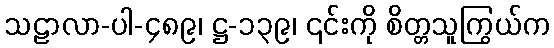
သဠာလာ-ပါ-၄၈၉၊ ဋ္ဌ-၁၃၉၊ ၎င်းကို စိတ္တသူကြွယ်က